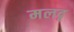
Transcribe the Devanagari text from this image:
मलदृ